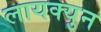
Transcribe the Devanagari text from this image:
लायक्युन